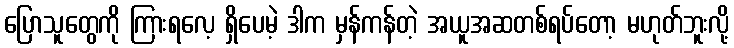
ပြောသူတွေကို ကြားရလေ့ ရှိပေမဲ့ ဒါက မှန်ကန်တဲ့ အယူအဆတစ်ရပ်တော့ မဟုတ်ဘူးလို့